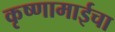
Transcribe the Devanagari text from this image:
कृष्णामाईचा